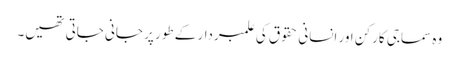
وہ سماجی کارکن اور انسانی حقوق کی علمبردار کے طور پر جانی جاتی تھیں۔